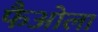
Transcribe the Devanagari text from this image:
फैओला